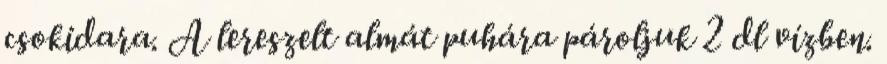
csokidara. A lereszelt almát puhára pároljuk 2 dl vízben.